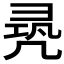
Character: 𠙛